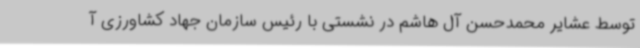
توسط عشایر محمدحسن آل هاشم در نشستی با رئیس سازمان جهاد کشاورزی آ